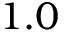
1 . 0